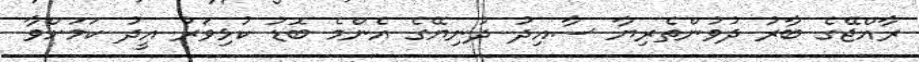
ރާއްޖޭގެ ބާރު ދުވުންތެރިޔާ ސާއިދު ދުނިޔޭގެ އެންމެ ބޮޑު ކުޅިވަރު އީދު ކަމަށްވާ